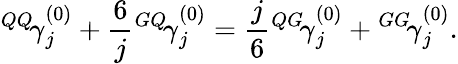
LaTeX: {^{QQ}\! \gamma}_{j}^{(0)}+\frac{6}{j}{^{GQ}\! \gamma}_{j}^{(0)}=\frac{j}{6}{^{QG}\! \gamma}_{j}^{(0)}+{^{GG}\! \gamma}_{j}^{(0)}.